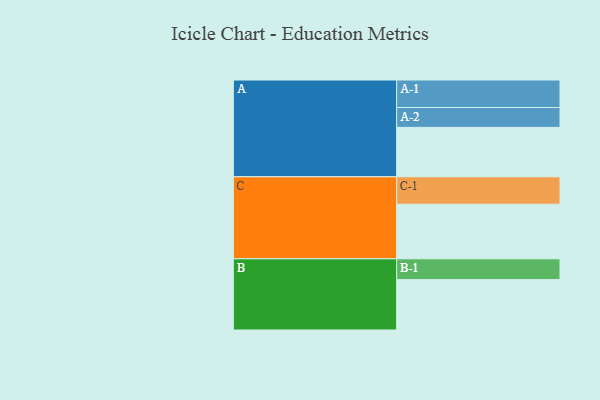
{"axis": {"x": "Segment", "y": "Value"}, "legend": ["", "A", "B", "C"], "data": [{"x": "A", "y": 458, "type": ""}, {"x": "B", "y": 467, "type": ""}, {"x": "C", "y": 506, "type": ""}, {"x": "A-1", "y": 255, "type": "A"}, {"x": "A-2", "y": 184, "type": "A"}, {"x": "B-1", "y": 193, "type": "B"}, {"x": "C-1", "y": 254, "type": "C"}]}